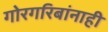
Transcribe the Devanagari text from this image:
गोरगरिबांनाही